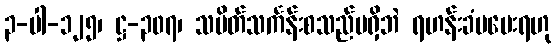
၃-ပါ-၁၂၅၊ ဋ္ဌ-၃၀၇၊ သပိတ်သင်္ကန်းစသည်မရှိဘဲ ရဟန်းခံမပေးရဟု